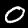
Label: 0